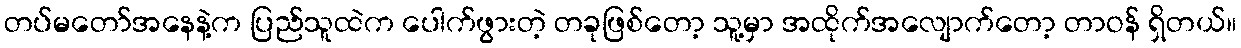
တပ်မတော်အနေနဲ့က ပြည်သူထဲက ပေါက်ဖွားတဲ့ တခုဖြစ်တော့ သူ့မှာ အထိုက်အလျောက်တော့ တာဝန် ရှိတယ်။